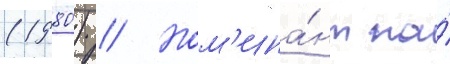
(1980) // Ном'ина́нт на́